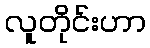
လူတိုင်းဟာ